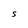
Character: S